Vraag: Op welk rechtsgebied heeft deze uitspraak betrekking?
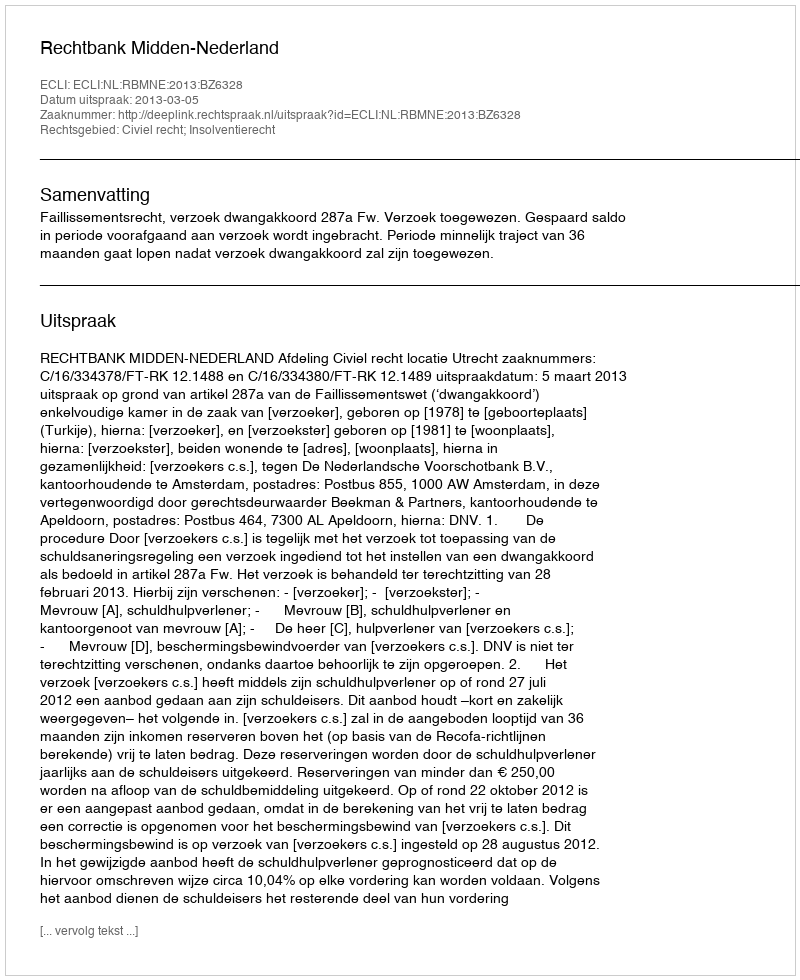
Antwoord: Civiel recht; Insolventierecht